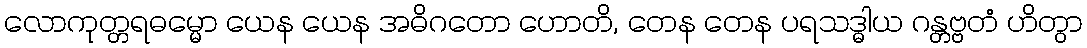
လောကုတ္တရဓမ္မော ယေန ယေန အဓိဂတော ဟောတိ, တေန တေန ပရသဒ္ဓါယ ဂန္တဗ္ဗတံ ဟိတွာ